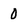
Character: 0